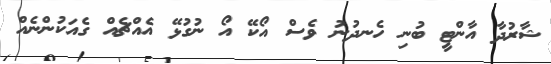
ޝާރުދާ އާންޓީ ބުނި ހެނދުނު ވެސް އޯކޭ އޯ ނުގުޅޭ އެއްޗެއް ގެއަކުންނެއް